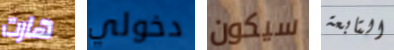
هارت دخولي سيكون التابعة